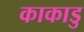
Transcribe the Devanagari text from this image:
काकाडु